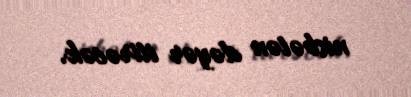
nisbətən dəyər itirəcək.